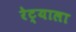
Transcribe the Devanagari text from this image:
रेट्याला